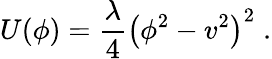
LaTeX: U(\phi)=\frac{\lambda}{4}\left(\phi^{2}-v^{2}\right)^{2}\; .